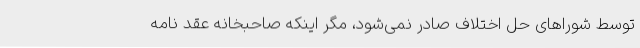
توسط شوراهای حل اختلاف صادر نمی‌شود،‌ مگر اینکه صاحبخانه عقد نامه